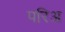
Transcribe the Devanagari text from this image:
परिअ